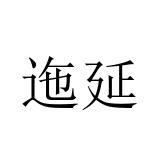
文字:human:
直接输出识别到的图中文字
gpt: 迤延